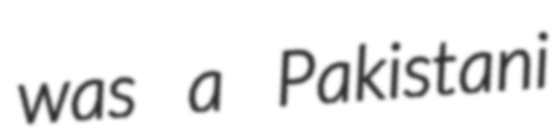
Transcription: was a Pakistani